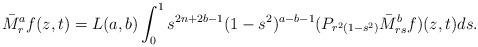
LaTeX: \begin{align*}\bar{M}^a_rf(z,t)=L(a,b)\int^1_0s^{2n+2b-1}(1-s^2)^{a-b-1}(P_{r^2(1-s^2)}\bar{M}^b_{rs}f)(z,t)ds.\end{align*}